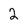
Character: 2